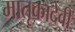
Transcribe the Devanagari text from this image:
मातृकादेवी